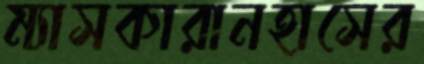
ম্যাসকারানহাসের